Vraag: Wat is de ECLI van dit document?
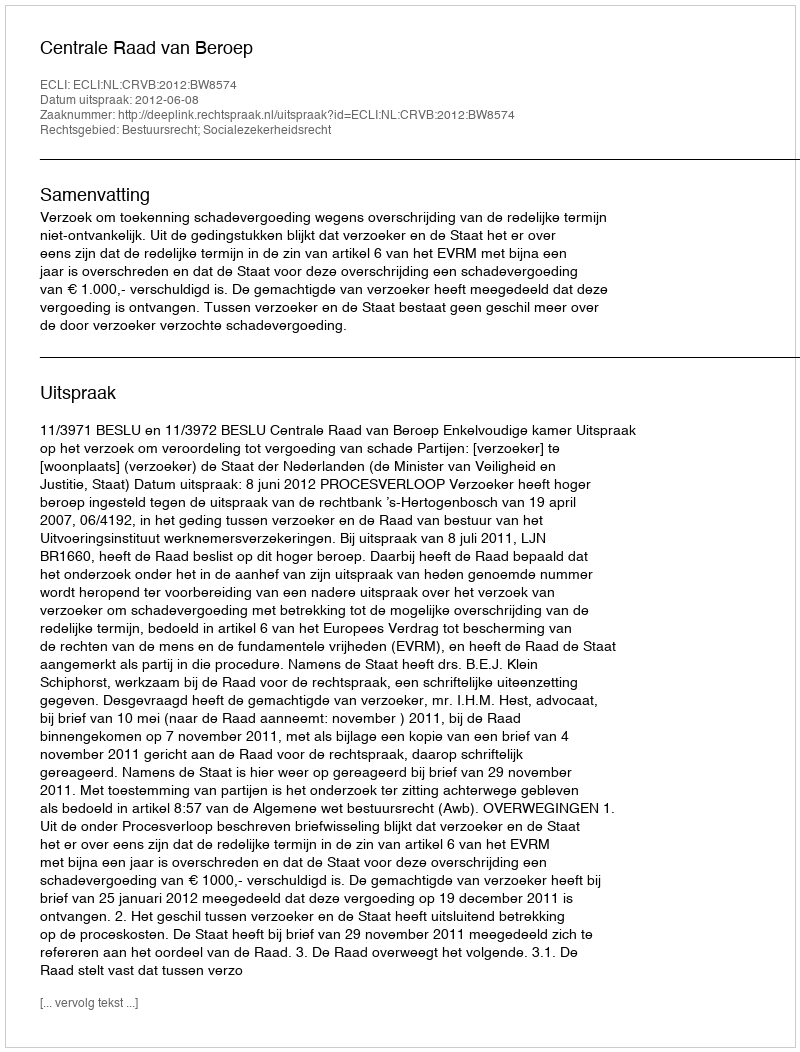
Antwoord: ECLI:NL:CRVB:2012:BW8574